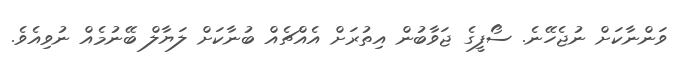
ވަންނާކަށް ނުޖެހޭނެ. ސޯފީގެ ޖަވާބުން އިތުރަށް އެއްޗެއް ބުނާކަށް ލަޔާލް ބޭނުމެއް ނުވިއެވެ.